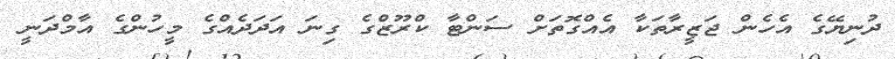
ދުނިޔޭގެ އެހެން ޖަޒީރާތަކާ އެއްގޮތަށް ސަންޓާ ކްރޫޒްގެ ގިނަ އަދަދެއްގެ މީހުންގެ އާމްދަނީ